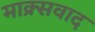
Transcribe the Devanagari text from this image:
माक्र्सवाद